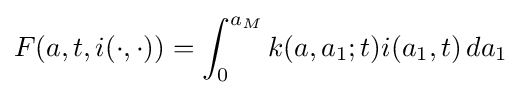
F(a,t,i(\cdot ,\cdot ))=\int _{0}^{a_{M}}k(a,a_{1};t)i(a_{1},t)\,da_{1}